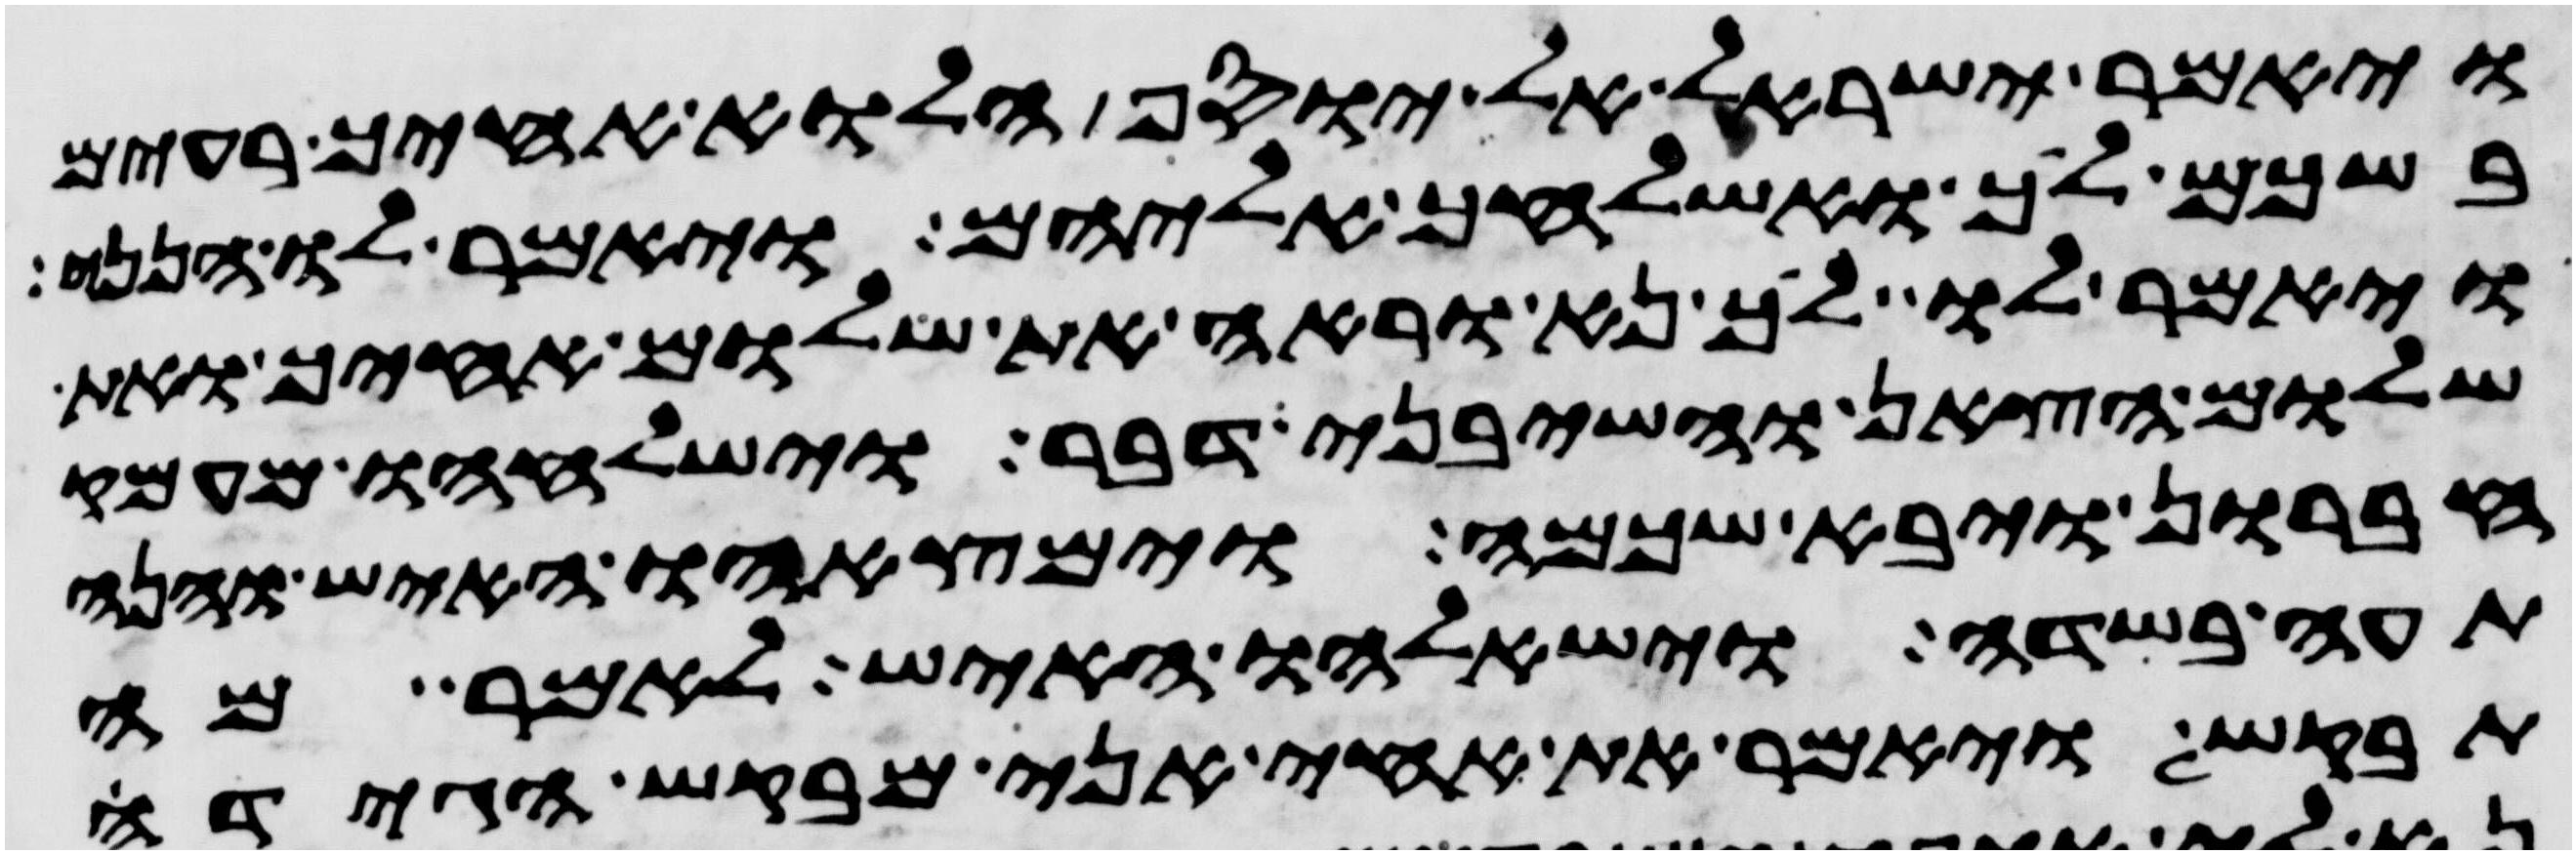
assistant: ויאמר ישראל אל יוסף הלוא אחיך רעים
בשכם לך ואשלחך אליהם ויאמר לו הנני
ויאמר לו לך נא וראה את שלום אחיך ואת
שלום הצאן והשבני דבר וישלחהו מעמק
חברון ויבא שכמה וימצאהו האיש והנה
תעה בשדה וישאלהו האיש לאמר מה
תבקש ויאמר את אחי אני מבקש הגידה